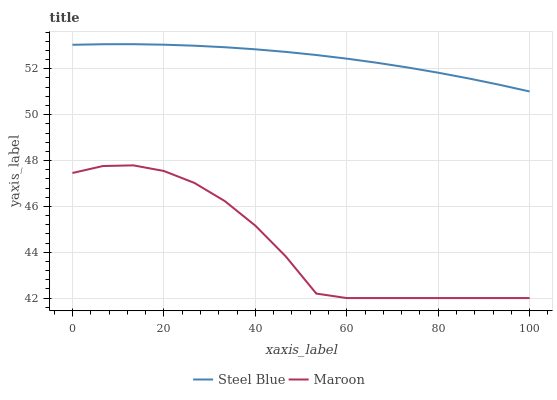
| xaxis_label | Steel Blue | Maroon |
 | --- | --- | --- |
 | 0 | 53 | 47.5 |
 | 6.67 | 53.1 | 47.8 |
 | 13.3 | 53.1 | 47.8 |
 | 20 | 53.1 | 47.5 |
 | 26.7 | 53 | 47 |
 | 33.3 | 52.9 | 46.2 |
 | 40 | 52.9 | 45.2 |
 | 46.7 | 52.7 | 43.8 |
 | 53.3 | 52.6 | 42.2 |
 | 60 | 52.4 | 42 |
 | 66.7 | 52.3 | 42 |
 | 73.3 | 52.1 | 42 |
 | 80 | 51.8 | 42 |
 | 86.7 | 51.6 | 42 |
 | 93.3 | 51.3 | 42 |
 | 100 | 51 | 42 |